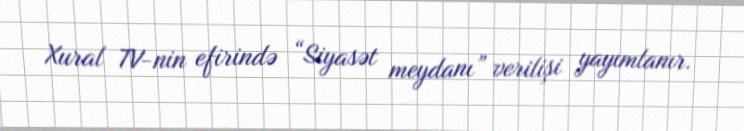
Xural TV-nin efirində “Siyasət meydanı” verilişi yayımlanır.